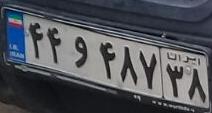
۴۴و۴۸۷۳۸